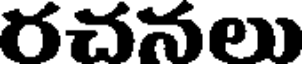
రచనలు